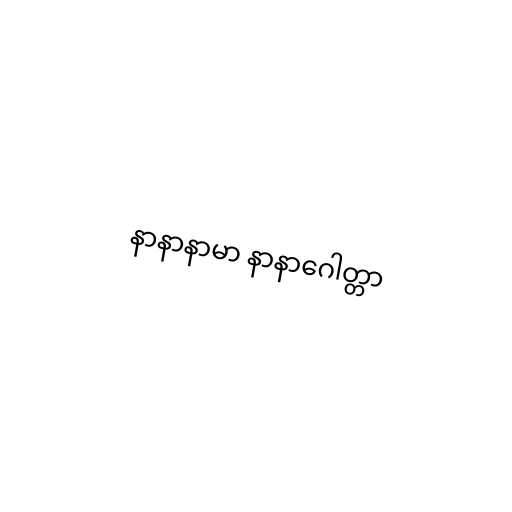
နာနာနာမာ နာနာဂေါတ္တာ